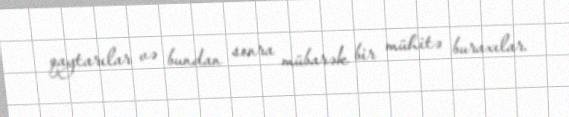
qaytarılar və bundan sonra mübarək bir mühitə buraxılar.